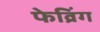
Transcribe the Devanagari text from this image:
फेव्रिंग